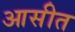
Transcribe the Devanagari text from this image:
आसीत